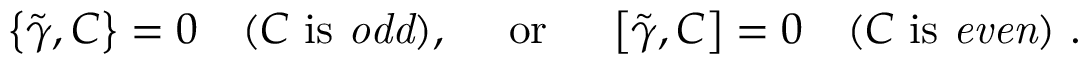
\left\{ \tilde { \gamma } , C \right\} = 0 \quad ( C \ \mathrm { i s \ { \it o d d } } ) , \quad \ \mathrm { o r } \ \quad \left[ \tilde { \gamma } , C \right] = 0 \quad ( C \ \mathrm { i s \ { \it e v e n } } ) \ .